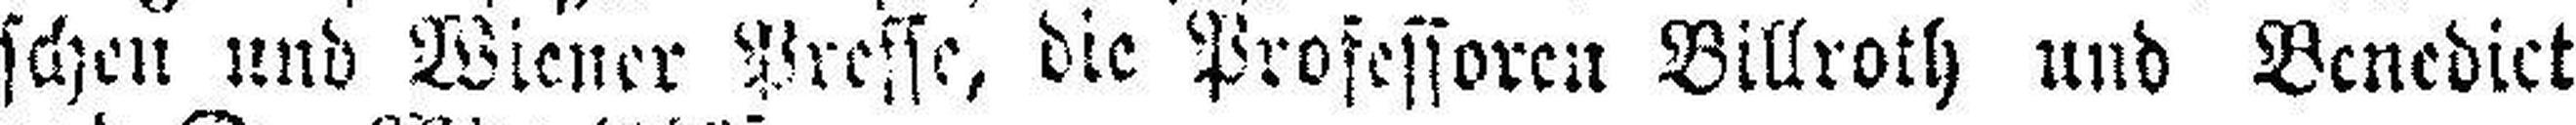
schen und Wiener Presse, die Professoren Billroth und Benedict